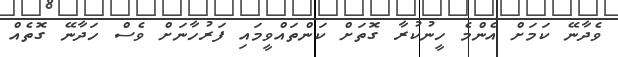
ވެދާނޭ ކަމަށް އެންމެ ހީނުކުރާ ގޮތަށް ކަންތައްވީމައި ފަރުހާނަށް ވެސް ހަދާނޭ ގޮތެއް